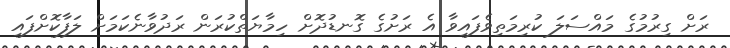
ރަށް ގިރުމުގެ މައްސަލަ ކުރިމަތިވެފައިވާ އެ ރަށުގެ ގޮނޑުދޮށް ހިމާޔަތްކުރަން ރަދުވާނެކަމަށް ލަފާކޮށްފައި